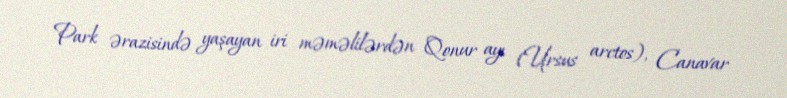
Park ərazisində yaşayan iri məməlilərdən Qonur ayı (Ursus arctos), Canavar